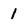
Character: 1